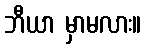
ဘီယာ မှာမလား။